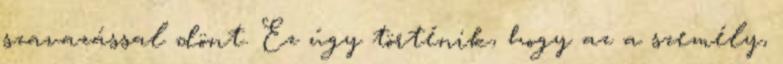
szavazással dönt. Ez úgy történik, hogy az a személy,